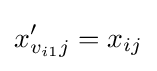
x'_{v_{i1}j}=x_{ij}